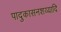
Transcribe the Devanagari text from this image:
पादुकासनशय्यादि